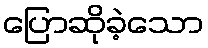
ပြောဆိုခဲ့သော